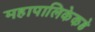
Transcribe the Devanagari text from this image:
महापालिकेकडे